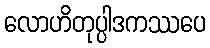
လောဟိတုပ္ပါဒကဿပေ